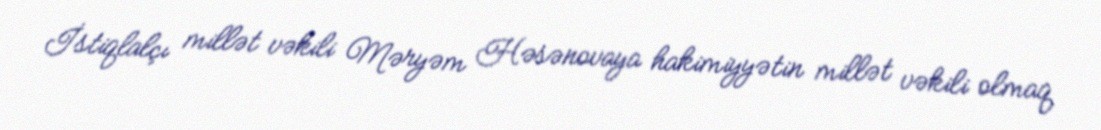
İstiqlalçı millət vəkili Məryəm Həsənovaya hakimiyyətin millət vəkili olmaq